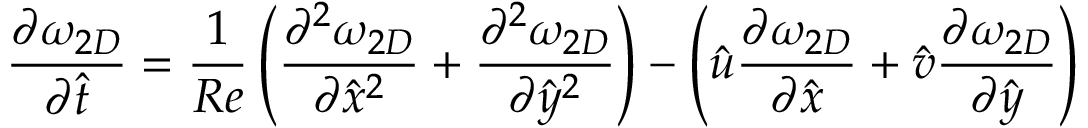
\frac { \partial \omega _ { 2 D } } { \partial \hat { t } } = \frac { 1 } { R e } \left( { \frac { \partial ^ { 2 } \omega _ { 2 D } } { \partial { \hat { x } } ^ { 2 } } + \frac { \partial ^ { 2 } \omega _ { 2 D } } { \partial { \hat { y } } ^ { 2 } } } \right) - \left( { \hat { u } \frac { \partial \omega _ { 2 D } } { \partial \hat { x } } + \hat { v } \frac { \partial \omega _ { 2 D } } { \partial \hat { y } } } \right)